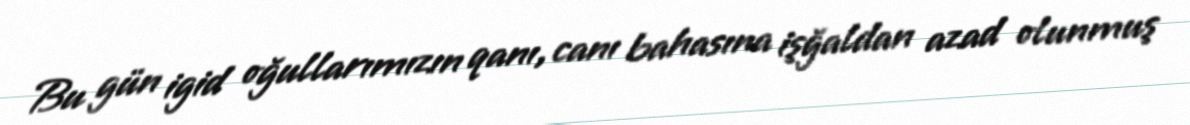
Bu gün igid oğullarımızın qanı, canı bahasına işğaldan azad olunmuş